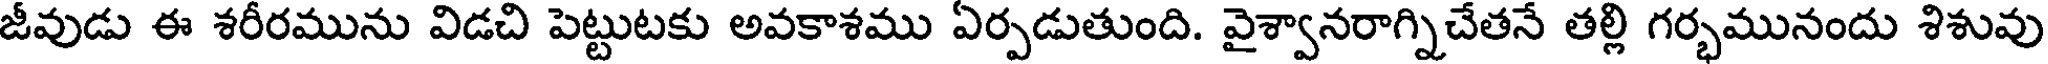
జీవుడు ఈ శరీరమును విడచి పెట్టుటకు అవకాశము ఏర్పడుతుంది. వైశ్వానరాగ్నిచేతనే తల్లి గర్భమునందు శిశువు